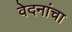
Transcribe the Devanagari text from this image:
वेदनांचा